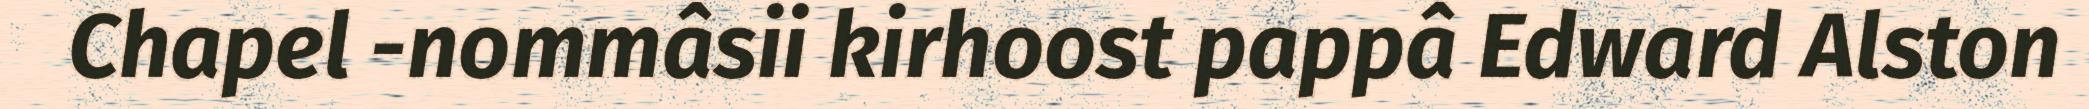
Chapel -nommâsii kirhoost pappâ Edward Alston